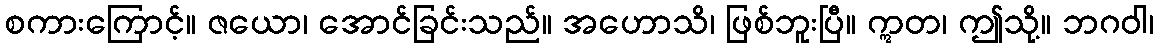
စကားကြောင့်။ ဇယော၊ အောင်ခြင်းသည်။ အဟောသိ၊ ဖြစ်ဘူးပြီ။ ဣတ၊ ဤသို့။ ဘဂဝါ၊